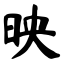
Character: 映